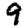
Digit: 9